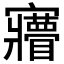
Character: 𡬌